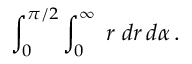
\int _ { 0 } ^ { \pi / 2 } \int _ { 0 } ^ { \infty } \; r \; d r \, d \alpha \, .